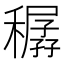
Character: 𥢨